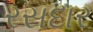
રસદાર